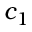
c _ { 1 }